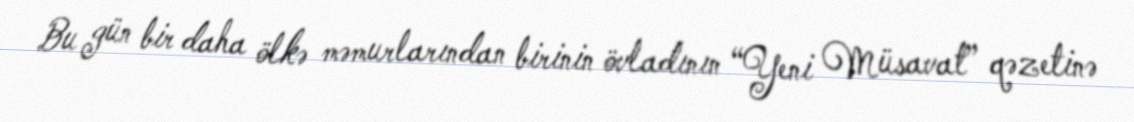
Bu gün bir daha ölkə məmurlarından birinin övladının “Yeni Müsavat” qəzetinə